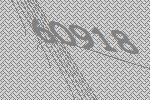
60918